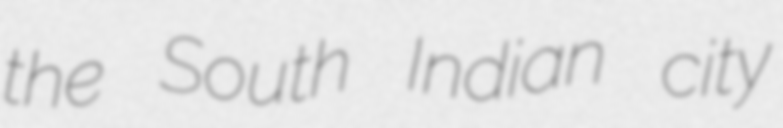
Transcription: the South Indian city